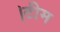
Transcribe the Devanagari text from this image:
।टीम